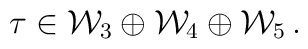
\tau \in {\cal W}_3 \oplus {\cal W}_4 \oplus {\cal W}_5\,.